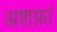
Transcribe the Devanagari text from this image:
अशफ़ां